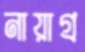
নায়াগ্র